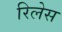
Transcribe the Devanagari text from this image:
रिलेस